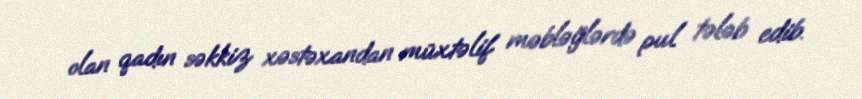
olan qadın səkkiz xəstəxandan müxtəlif məbləğlərdə pul tələb edib.